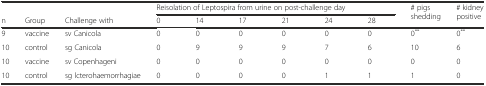
<table><thead><tr><td></td><td></td><td></td><td colspan="6"><b>Reisolation of Leptospira from urine on post-challenge day</b></td><td rowspan="2"><b># pigs shedding</b></td><td rowspan="2"><b># kidney positive</b></td></tr><tr><td><b>n</b></td><td><b>Group</b></td><td><b>Challenge with</b></td><td><b>0</b></td><td><b>14</b></td><td><b>17</b></td><td><b>21</b></td><td><b>24</b></td><td><b>28</b></td></tr></thead><tbody><tr><td>9</td><td>vaccine</td><td>sv Canicola</td><td>0</td><td>0</td><td>0</td><td>0</td><td>0</td><td>0</td><td>0<sup>**</sup></td><td>0<sup>**</sup></td></tr><tr><td>10</td><td>control</td><td>sg Canicola</td><td>0</td><td>9</td><td>9</td><td>9</td><td>7</td><td>6</td><td>10</td><td>6</td></tr><tr><td>10</td><td>vaccine</td><td>sv Copenhageni</td><td>0</td><td>0</td><td>0</td><td>0</td><td>0</td><td>0</td><td>0</td><td>0</td></tr><tr><td>10</td><td>control</td><td>sg lcterohaemorrhagiae</td><td>0</td><td>0</td><td>0</td><td>0</td><td>1</td><td>1</td><td>1</td><td>0</td></tr></tbody></table>